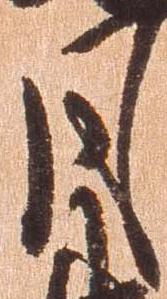
月